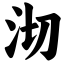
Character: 沏